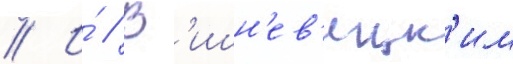
// И́ // В'ишн'ев'ецк'им